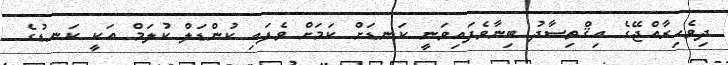
ދިވެހިރާއްޖޭގެ އިޤްތިސާދު ބިނާވެފައިވަނީ ކަނޑަށް ކަމަށް ވެފައި ކުންޑަލް ކުލަމް އަކީ ކަނޑުގެ